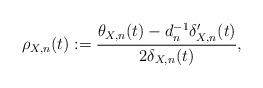
LaTeX: \begin{align*} \rho_{X,n}(t) := \frac{\theta_{X,n}(t) - d_n^{-1} \delta_{X,n}'(t)}{2\delta_{X,n}(t)},\end{align*}